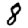
Digit: 8